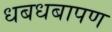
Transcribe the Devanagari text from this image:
धबधबापण